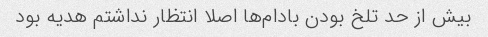
بیش از حد تلخ بودن بادام‌ها اصلا انتظار نداشتم هدیه بود